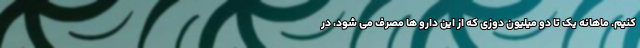
کنیم. ماهانه یک تا دو میلیون دوزی که از این دارو ها مصرف می شود، در